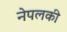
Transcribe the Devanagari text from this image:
नेपलकी